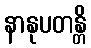
နာနုပတန္တိ